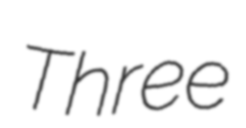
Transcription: Three